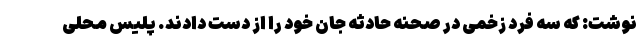
نوشت: که سه فرد زخمی در صحنه حادثه جان خود را از دست دادند. پلیس محلی